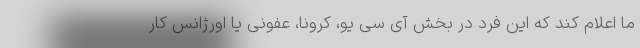
ما اعلام کند که این فرد در بخش آی سی یو، کرونا، عفونی یا اورژانس کار